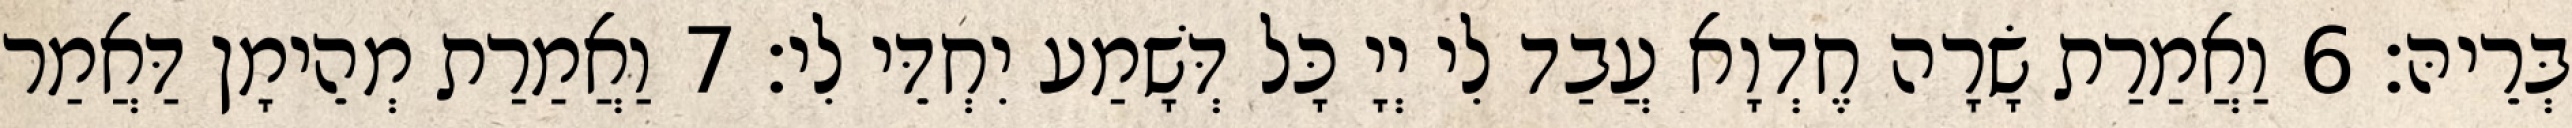
בְּרֵיהּ׃ 6 וַאֲמַרַת שָׂרָה חֶדְוָא עֲבַד לִי יְיָ כָּל דְּשָׁמַע יִחְדֵּי לִי׃ 7 וַאֲמַרַת מְהֵימָן דַּאֲמַר